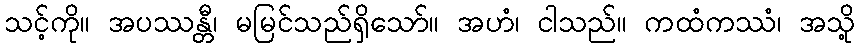
သင့်ကို။ အပဿန္တီ၊ မမြင်သည်ရှိသော်။ အဟံ၊ ငါသည်။ ကထံကဿံ၊ အသို့